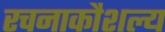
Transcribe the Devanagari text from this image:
रचनाकौशल्य